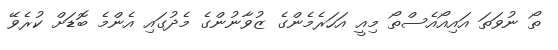
ތޯ ނުވަތަ އައިއޯއެސްތޯ މިއީ އަހަރެމެންގެ ޒުވާނުންގެ މެދުގައި އެންމެ ބޮޑަށް ކުރެވޭ